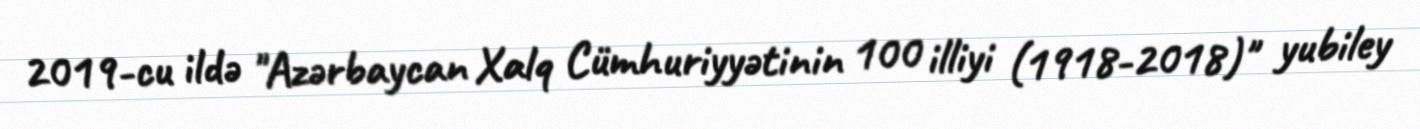
2019-cu ildə "Azərbaycan Xalq Cümhuriyyətinin 100 illiyi (1918-2018)" yubiley